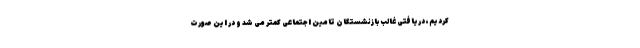
کردیم، دریافتی غالب بازنشستگان تامین اجتماعی کمتر می شد و در این صورت